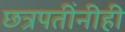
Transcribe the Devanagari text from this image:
छत्रपतींनीही